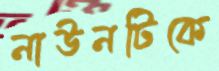
নাউনটিকে